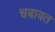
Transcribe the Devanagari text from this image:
चबावत